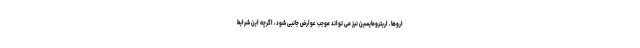
اروها، اریترومایسین نیز می تواند موجب عوارض جانبی شود، اگرچه این شرایط